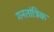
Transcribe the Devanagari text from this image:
गनतांत्रिक